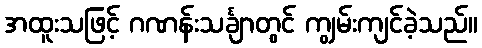
အထူးသဖြင့် ဂဏန်းသင်္ချာတွင် ကျွမ်းကျင်ခဲ့သည်။